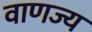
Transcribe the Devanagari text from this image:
वाणज्य